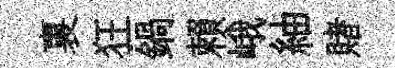
裏狂鍋賴峨紬賭